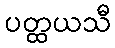
ပတ္ထယသီ